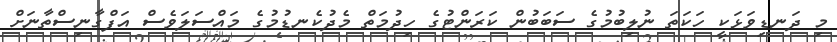
މި ދަނޑިވަޅަކީ ހަކަތަ ނުލިބުމުގެ ސަބަބުން ކަރަންޓުގެ ހިދުމަތް މެދުކެނޑުމުގެ މައްސަލަވެސް އަފްގާނިސްތާނަށް